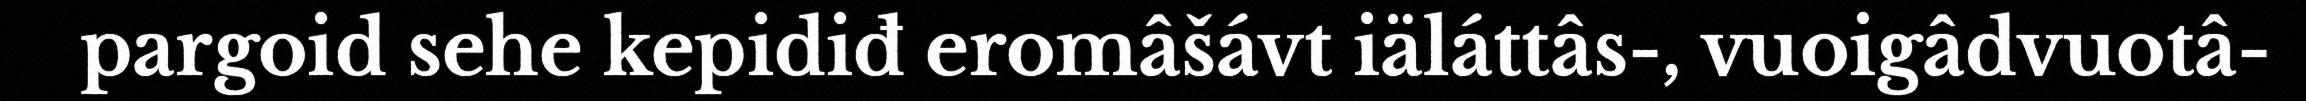
pargoid sehe kepidiđ eromâšávt iäláttâs-, vuoigâdvuotâ-